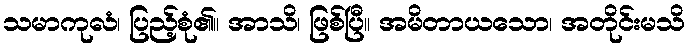
သမာကုလံ၊ ပြည့်စုံ၏။ အာသိ၊ ဖြစ်ပြီ။ အမိတာယသော၊ အတိုင်းမသိ